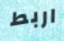
اربط